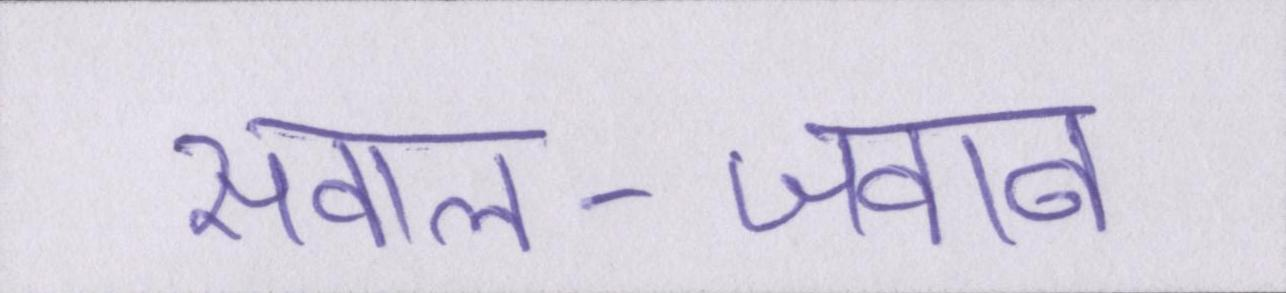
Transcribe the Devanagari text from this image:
सवाल-जवाब